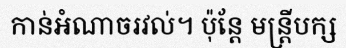
កាន់អំណាចរវល់។ ប៉ុន្តែ មន្ត្រីបក្ស